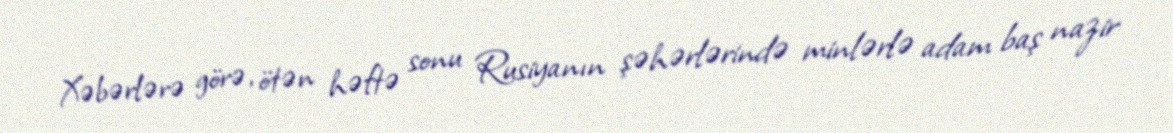
Xəbərlərə görə, ötən həftə sonu Rusiyanın şəhərlərində minlərlə adam baş nazir